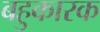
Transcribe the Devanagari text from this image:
बहुकारक